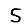
Digit: 5